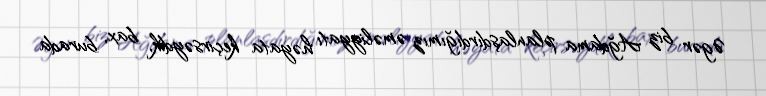
Əgər biz Ağdama planlaşdırdığımız əməliyyatı həyata keçirsəydik, bax, burada